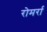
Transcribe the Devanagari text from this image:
रोमर्रा